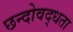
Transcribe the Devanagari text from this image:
छन्दोवद्धता